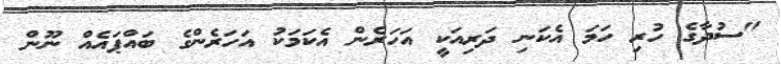
"ސުދާގެ ހުރި ހަމަ އެކަނި ދަރިއަކީ އަހަރެން އެކަމަކު އަހަރެންގެ ބައްޕައެއް ނޫން